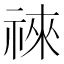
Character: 𥚒